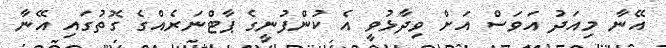
އޭނާ މިއަދު އަވަސް އަށް ވިދާޅުވީ އެ ކުންފުނީގެ ޕާޓްނަރެއްގެ ގޮތުގައި އޭނާ